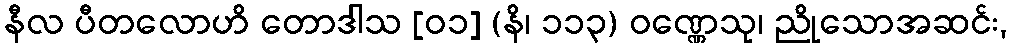
နီလ ပီတလောဟိ တောဒါသ [၀၁] (နိ၊ ၁၁၃) ဝဏ္ဏေသု၊ ညိုသောအဆင်း,